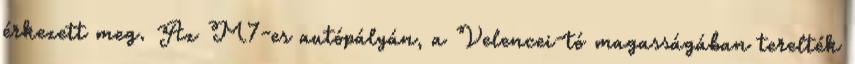
érkezett meg. Az M7-es autópályán, a Velencei-tó magasságában terelték